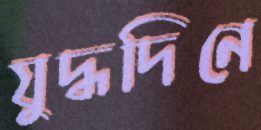
যুদ্ধদিনে